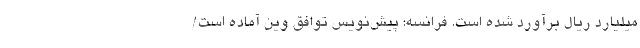
میلیارد ریال برآورد شده است. فرانسه: پیش‌نویس توافق وین آماده است/